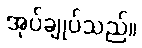
အုပ်ချုပ်သည်။